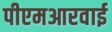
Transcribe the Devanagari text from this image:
पीएमआरवाई